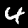
Digit: 4